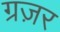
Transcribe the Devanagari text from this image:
ग्रज़र